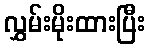
လွှမ်းမိုးထားပြီး